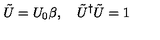
\tilde { U } = U _ { 0 } \beta , \quad \tilde { U } ^ { \dag } \tilde { U } = 1